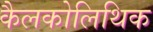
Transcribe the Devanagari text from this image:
कैलकोलिथिक